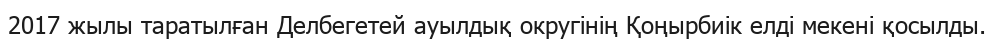
2017 жылы таратылған Делбегетей ауылдық округінің Қоңырбиік елді мекені қосылды.